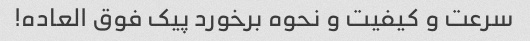
سرعت و کیفیت و نحوه برخورد پیک فوق العاده!